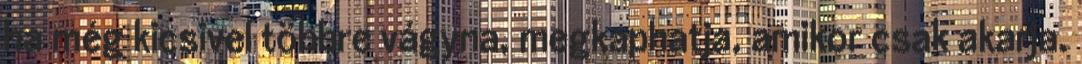
ha még kicsivel többre vágyna, megkaphatja, amikor csak akarja.